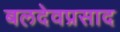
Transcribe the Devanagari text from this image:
बलदेवप्रसाद